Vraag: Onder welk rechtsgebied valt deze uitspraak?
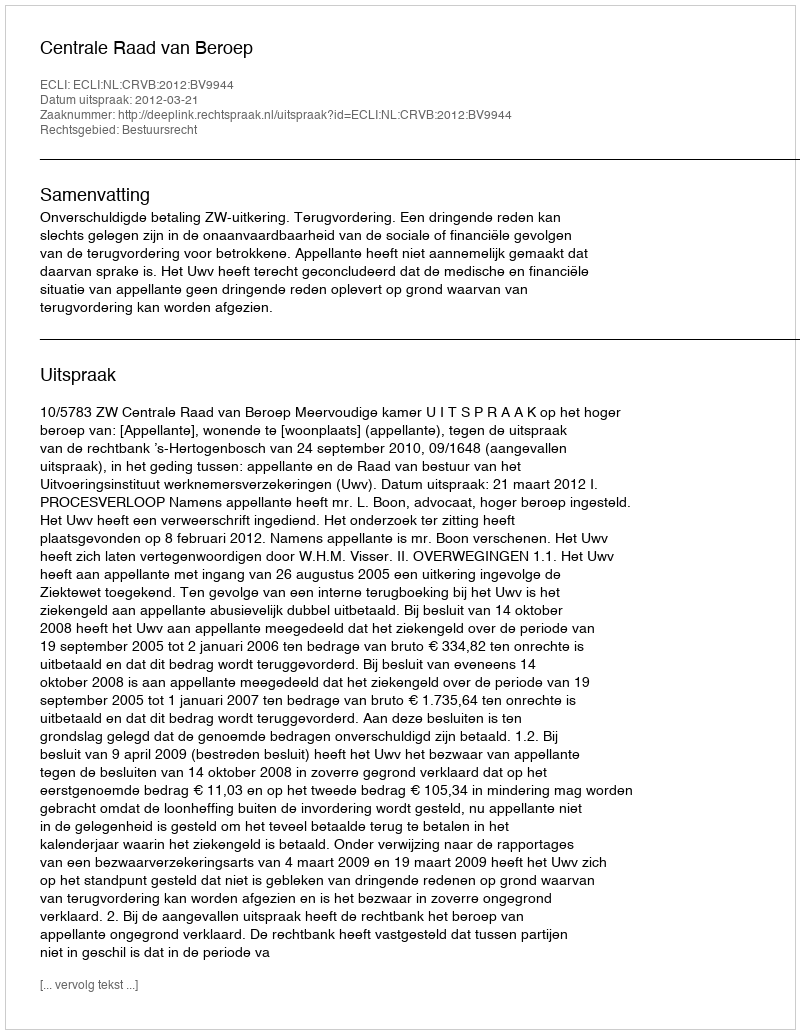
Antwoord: Bestuursrecht